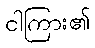
ငါကြား၏